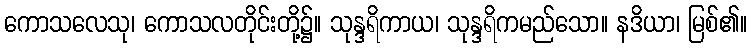
ကောသလေသု၊ ကောသလတိုင်းတို့၌။ သုန္ဒရိကာယ၊ သုန္ဒရိကမည်သော။ နဒိယာ၊ မြစ်၏။